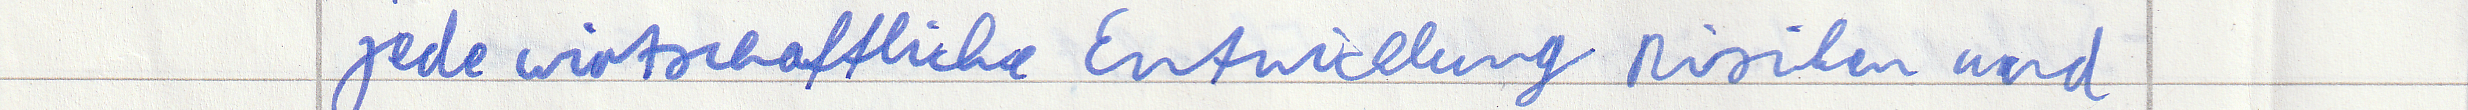
jede wirtschaftliche Entwicklung Risiken und